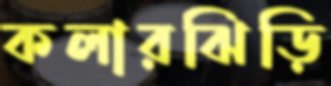
কলারঝিড়ি